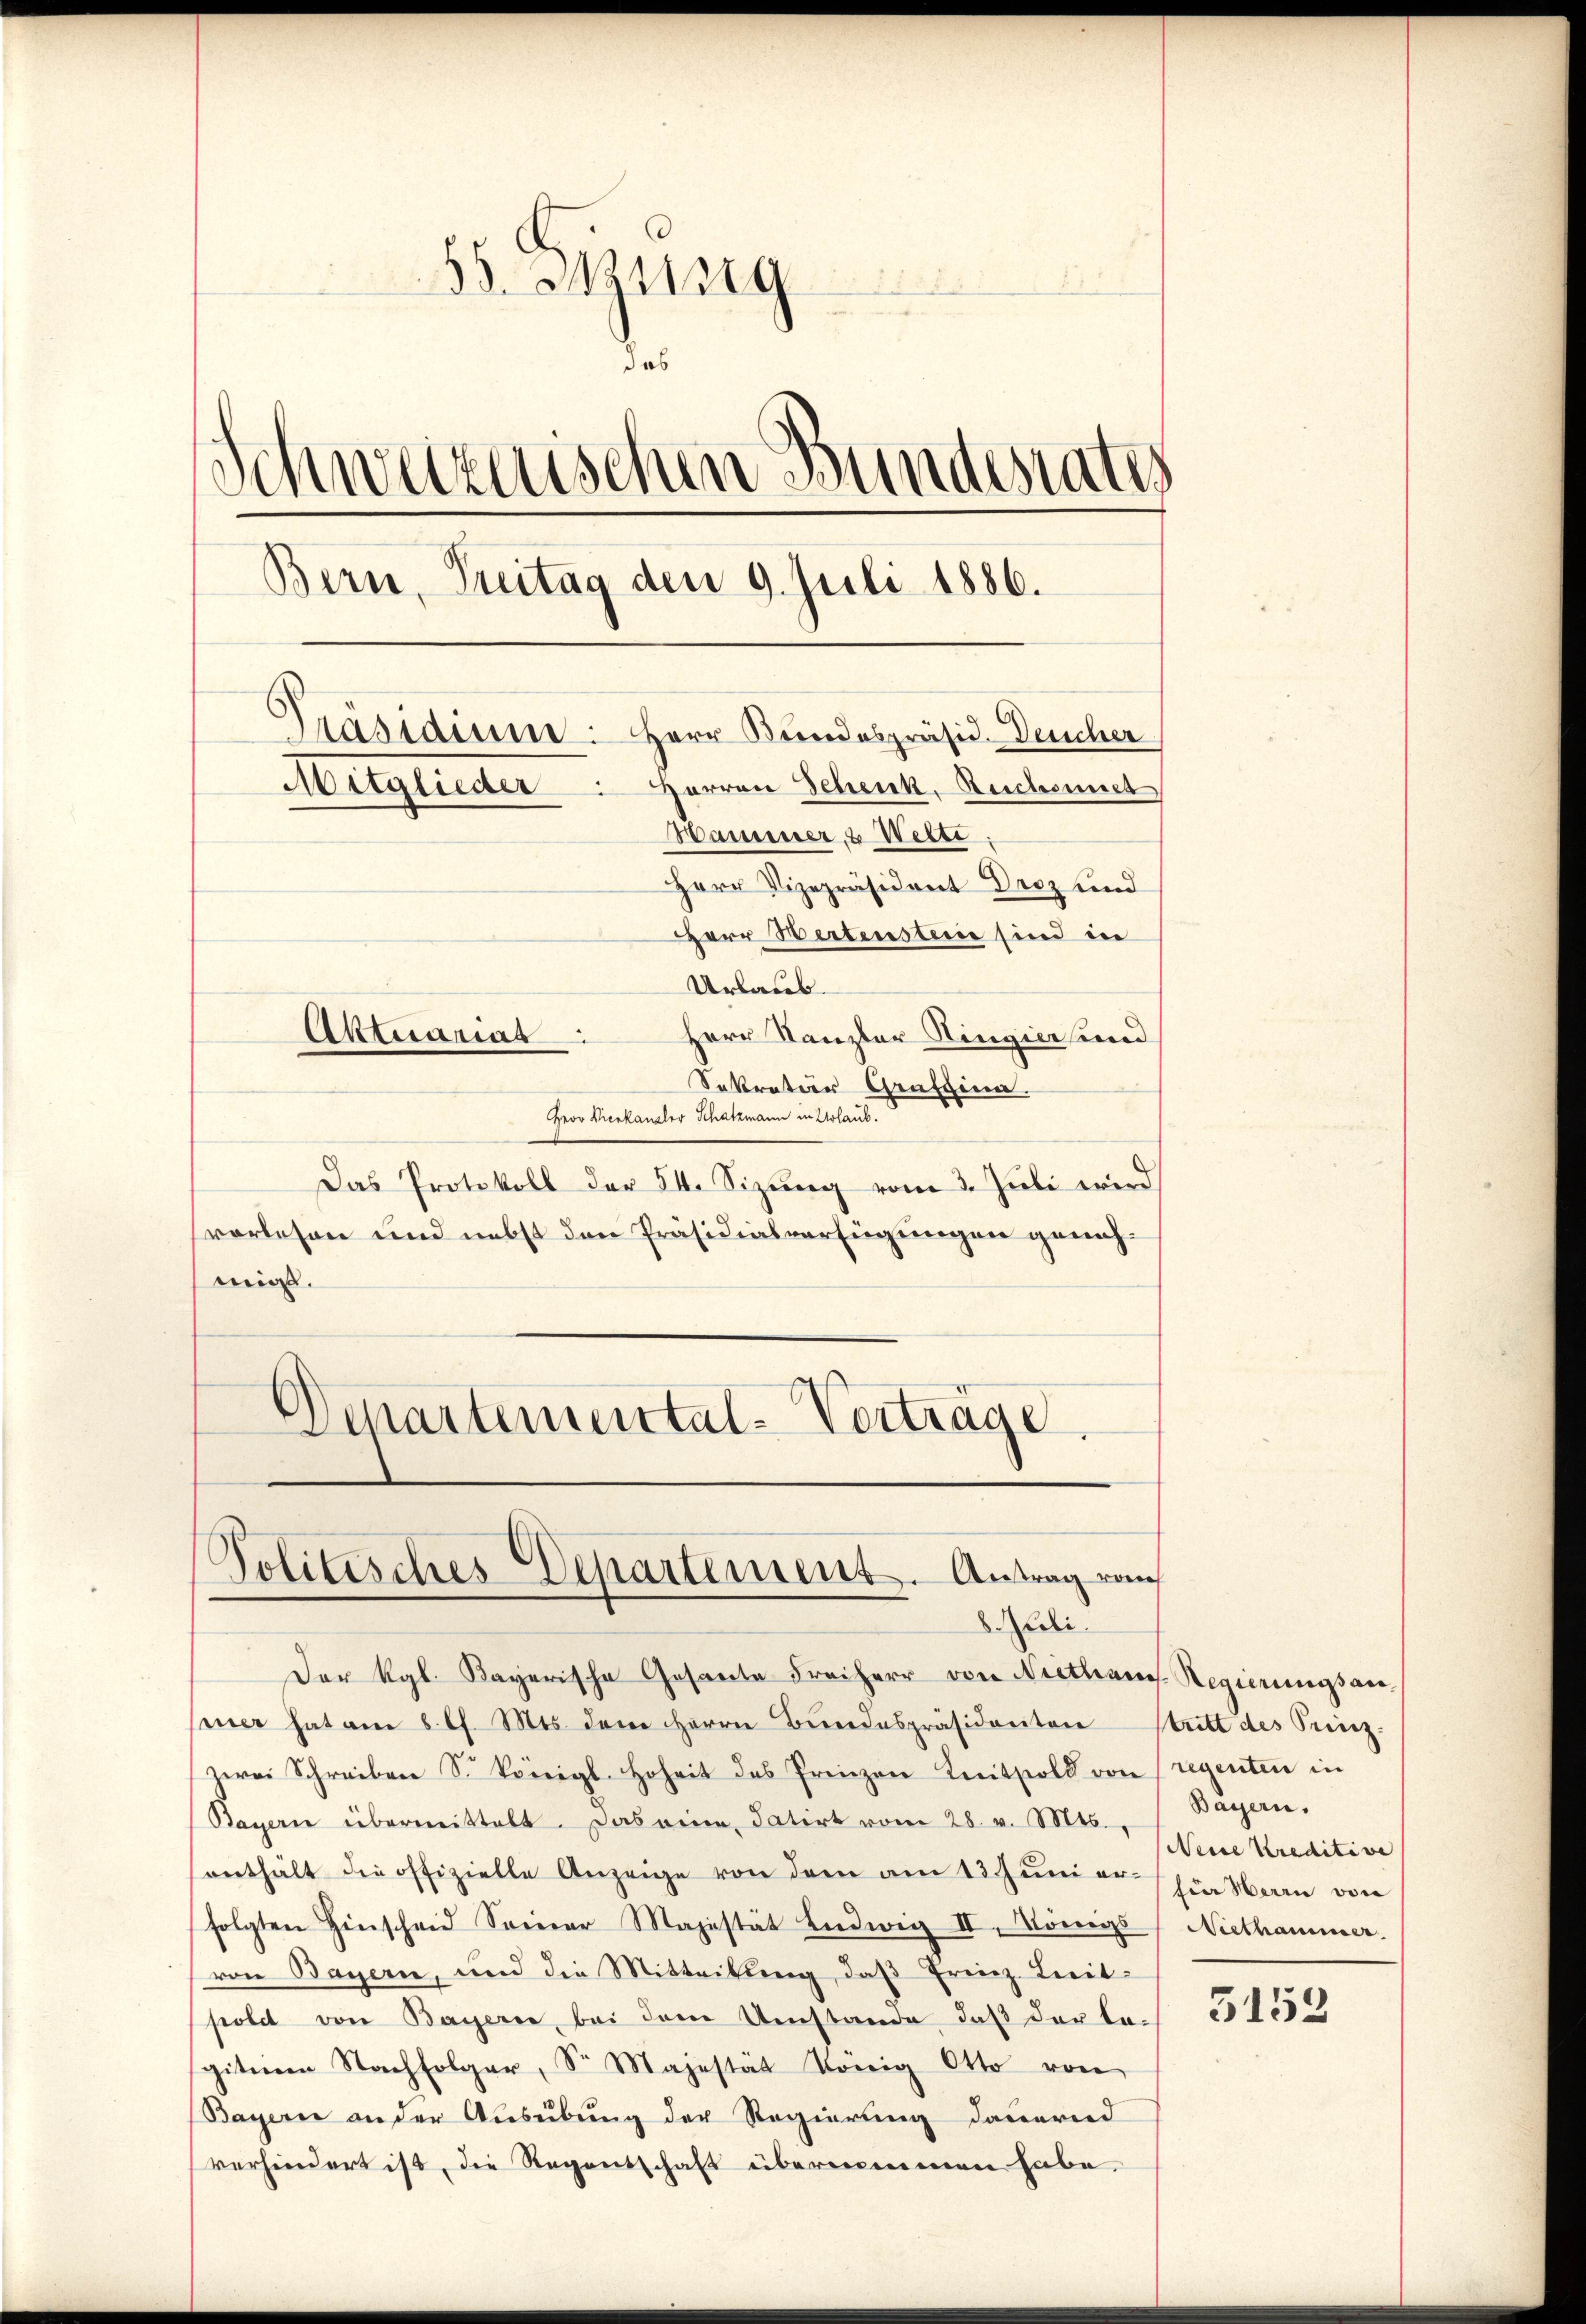
55. Müng
u
das
Schweizerischen Bundesrates
Bern, Treitag den 9. Juli 1886.
Präsidium. Herr Bundespräsid. Deucher
Mitglieder Herren Schenk, Ruchonnet
Wamesser, 2 Wette
Herr Vizepräsident Droz und
Herr Wertensteine sind in
Urlaub.
Herr Kanzler Hingier und
Aktuarias

Sekretär Grussina.
Herr Vicekanaler Schatzmann in Urlaub.
Das Protokoll der 54. Sizung vom 3. Juli wird
vorlesen und nebst den Präsidialverfügungen genehmige.
Departemental-Vorträge

Politisches Departement. Antrag von
li

Der Kgl. Bayerische Gesante Freiherr von Niethen Regierungsan
mner hat am 8 l. Mts. dem Herrn Bundespräsidenten Stritt des Seizzwei Schreiben S. Königl. Hoheit des Prinzen Knitsold von regenten in
Bayern übermittelt. Das eine datirt vom 28. v. Mts.,
enthält die offizielle Anzeige von dem am 13. Jŭnier in Herrn von
folgten Hinscheid Seiner Majestät Ludwig II. Königs
von Bayern, und die Mitteilung, daβ Frinz Leitpolet von Bayerie, bei dem Umstande, daß der Lagiteren Nachfolger, Sr Majestät Konig Otto von
Bayerne an der Ausübung der Regierung dauernd
verhindert ist, die Regentschaft übernommen habe.

Bayern.
Neine Kreditive
Niethammer

5153